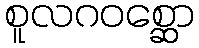
စူလဂဝစ္ဆော